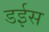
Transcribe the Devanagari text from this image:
डईस